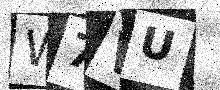
Text: W7VU